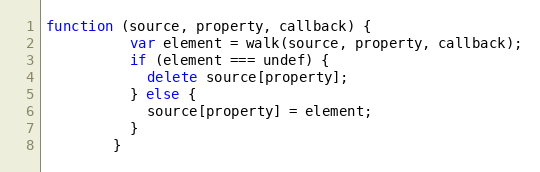
Language: JavaScript
function (source, property, callback) {
          var element = walk(source, property, callback);
          if (element === undef) {
            delete source[property];
          } else {
            source[property] = element;
          }
        }